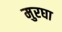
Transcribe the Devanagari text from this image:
मुरघा